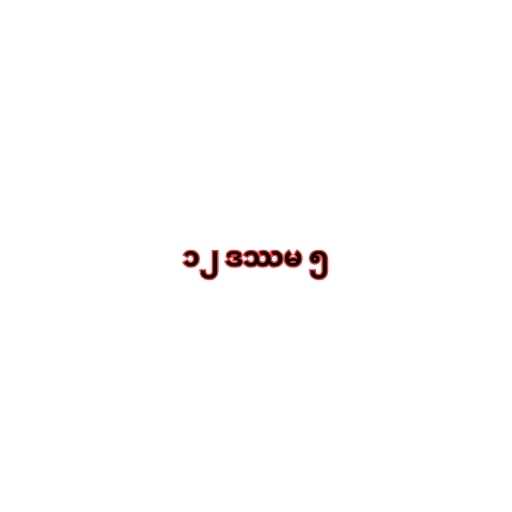
၁၂ ဒဿမ ၅